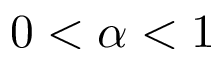
0 \textless \alpha \textless 1